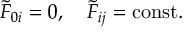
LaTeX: \tilde { F } _ { 0 i } = 0 , \quad \tilde { F } _ { i j } = \mathrm { c o n s t . }